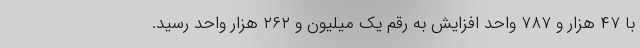
با ۴۷ هزار و ۷۸۷ واحد افزایش به رقم یک میلیون و ۲۶۲ هزار واحد رسید.